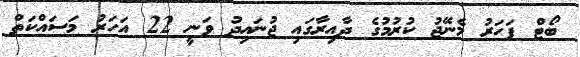
ބޯޓް ފަހަރު މެނޭޖު ކުރުމުގެ ދާއިރާގައި ޖުނައިދު ވަނީ 22 އަހަރު މަސައްކަތް